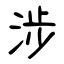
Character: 涉